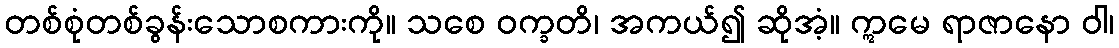
တစ်စုံတစ်ခွန်းသောစကားကို။ သစေ ဝက္ခတိ၊ အကယ်၍ ဆိုအံ့။ ဣမေ ရာဇာနော ဝါ၊